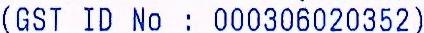
(GST ID NO : 000306020352)